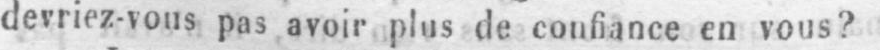
devriez-vous pas avoir plus de confiance en vous?